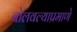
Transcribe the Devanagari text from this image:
बोलवल्याप्रमाणे